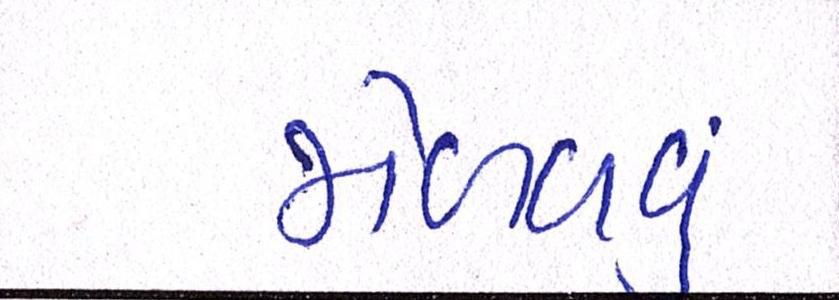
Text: મેળવવું